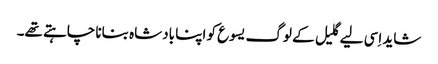
‏ شاید اِسی لیے گلیل کے لوگ یسوع کو اپنا بادشاہ بنانا چاہتے تھے۔